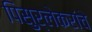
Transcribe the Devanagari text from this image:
पिसुर्लेकरांचे